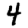
Digit: 4